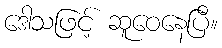
ဒေါသဖြင့် ဆူဝေနေပြီ။